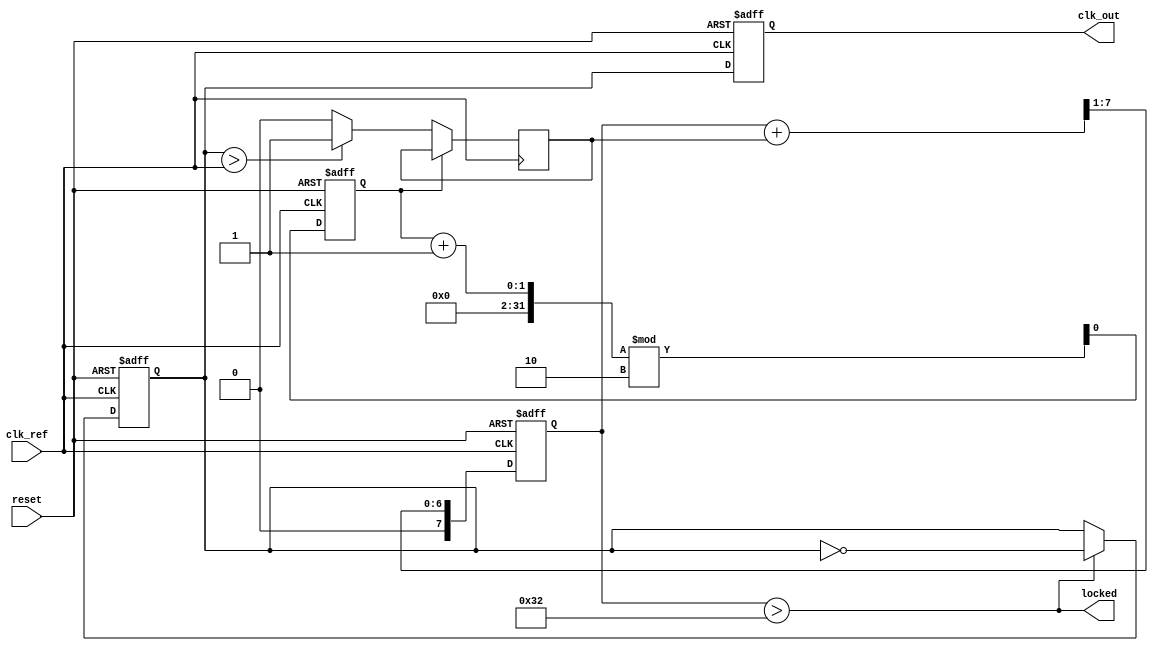
module DualLoopPLL (
    input wire clk_ref,           // Reference clock input
    input wire reset,             // Asynchronous reset
    output reg clk_out,           // Output clock signal
    output wire locked            // Lock status
);

    // Parameters for VCO and Frequency Division
    parameter VCO_MAX_FREQ = 100; // Max VCO frequency in MHz
    parameter DIV_FACTOR_INNER = 2; // Divider factor for inner loop
    parameter DIV_FACTOR_OUTER = 4; // Divider factor for outer loop

    // Phase Detector (PD)
    reg phase_error_inner;         // Inner loop phase error
    reg phase_error_outer;         // Outer loop phase error

    // Loop Filter (LF)
    reg [7:0] control_voltage;      // Control voltage for VCO
    wire [7:0] filtered_voltage;    // Filtered control voltage

    // Voltage-Controlled Oscillator (VCO)
    reg vco_output;                 // VCO output

    // Inner Loop Frequency Divider
    reg inner_divider;              // Output from inner divider

    // Outer Loop Frequency Divider
    reg outer_divider;              // Output from outer divider

    // Frequency dividers to lower the clock
    always @(posedge clk_ref or posedge reset) begin
        if (reset) begin
            inner_divider <= 1'b0;
            outer_divider <= 1'b0;
        end else begin
            inner_divider <= (inner_divider + 1) % DIV_FACTOR_INNER;
            outer_divider <= (outer_divider + 1) % DIV_FACTOR_OUTER;
        end
    end

    // Phase Detector Process (Inner Loop)
    always @(posedge clk_ref) begin
        // Simplified phase error generation
        if (inner_divider == 0)
            phase_error_inner <= (vco_output > clk_ref) ? 1'b1 : 1'b0; // Example phase comparison
    end

    // Loop Filter Simulation
    always @(posedge clk_ref or posedge reset) begin
        if (reset) begin
            control_voltage <= 8'b0; // Reset control voltage
        end else begin
            // Simple first-order low-pass filter for control voltage
            control_voltage <= (control_voltage + phase_error_inner) >> 1; // Example filtering
        end
    end

    // Voltage-Controlled Oscillator (VCO)
    always @(posedge clk_ref or posedge reset) begin
        if (reset) begin
            vco_output <= 1'b0;
            clk_out <= 1'b0;
        end else begin
            // Generate VCO output based on control voltage (simple example)
            if (control_voltage > 50) begin
                vco_output <= ~vco_output; // Toggle for example frequency
            end
            clk_out <= vco_output; // Output clock signal
        end
    end

    // Lock Detection (placeholder logic)
    assign locked = (control_voltage > 50); // Basic locked state indication

endmodule